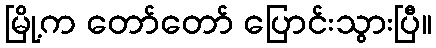
မြို့က တော်တော် ပြောင်းသွားပြီ။